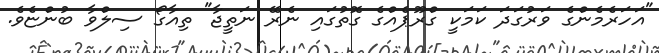
"އަހަރެމެންގެ ވަރުގަދަ ކަމަކީ ގްރޫޕެއްގެ ގޮތުގައި ނެރޭ ނަތީޖާ" ތިއާގޯ ސިލްވާ ބުންޏެވެ.